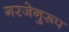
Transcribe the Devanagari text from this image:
गरजेनुरूप